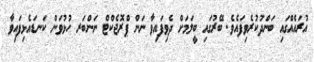
އުރައެއްގައި ބަންދުކުރެވިފައެވެ. ބޭރުގައި ބީލަމަށް ދެވިފައިވާ ނަން ޕްރޮޖެކްޓް ނަންބަރ ހުޅުވަން ކަނޑައެޅިފައިވާ